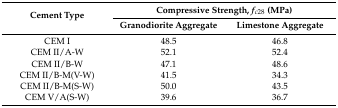
<table><thead><tr><td rowspan="2"><b>Cement Type</b></td><td colspan="2"><b>Compressive Strength, <i>f<sub>c28</sub></i> (MPa)</b></td></tr><tr><td><b>Granodiorite Aggregate</b></td><td><b>Limestone Aggregate</b></td></tr></thead><tbody><tr><td>CEM I</td><td>48.5</td><td>46.8</td></tr><tr><td>CEM II/A-W</td><td>52.1</td><td>52.4</td></tr><tr><td>CEM II/B-W</td><td>47.1</td><td>48.6</td></tr><tr><td>CEM II/B-M(V-W)</td><td>41.5</td><td>34.3</td></tr><tr><td>CEM II/B-M(S-W)</td><td>50.0</td><td>43.5</td></tr><tr><td>CEM V/A(S-W)</td><td>39.6</td><td>36.7</td></tr></tbody></table>